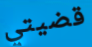
قضيتي